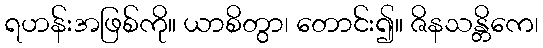
ရဟန်းအဖြစ်ကို။ ယာစိတွာ၊ တောင်း၍။ ဇိနသန္တိကေ၊